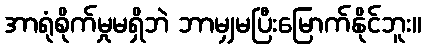
အာရုံစိုက်မှုမရှိဘဲ ဘာမျှမပြီးမြောက်နိုင်ဘူး။